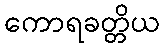
ကောရခတ္တိယ